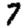
Digit: 7